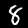
Digit: 8